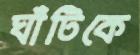
ঘাঁটিকে